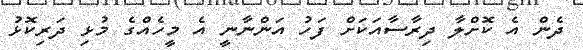
ދެން އެ ކޮށްލާ ދިރާސާއަކަށް ފަހު އަންނާނީ އެ މީހެއްގެ މުޅި ދަރިކޮޅު